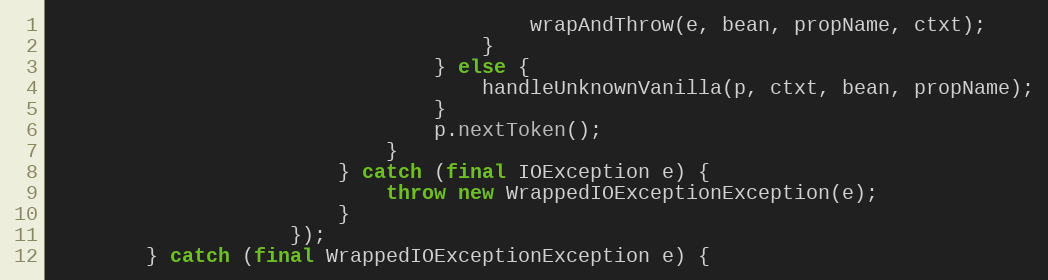
Language: Java
                                        wrapAndThrow(e, bean, propName, ctxt);
                                    }
                                } else {
                                    handleUnknownVanilla(p, ctxt, bean, propName);
                                }
                                p.nextToken();
                            }
                        } catch (final IOException e) {
                            throw new WrappedIOExceptionException(e);
                        }
                    });
        } catch (final WrappedIOExceptionException e) {